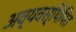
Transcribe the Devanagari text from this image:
अव्यवस्थिपित